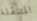
المتنقلة